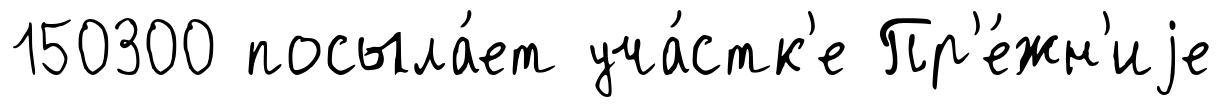
150300 посыла́ет уча́стк'е Пр'е́жн'иjе